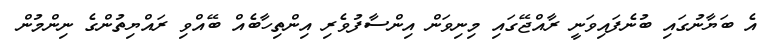
އެ ބަޔާނުގައި ބުނެފައިވަނީ ރާއްޖޭގައި މިނިވަން އިންސާފުވެރި އިންތިހާބެއް ބޭއްވި ރައްޔިތުންގެ ނިންމުން